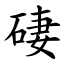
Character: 䃀